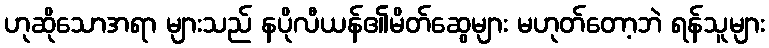
ဟုဆိုသောအရာ များသည် နပိုလီယန်၏မိတ်ဆွေများ မဟုတ်တော့ဘဲ ရန်သူများ